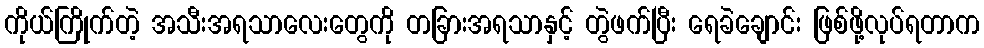
ကိုယ်ကြိုက်တဲ့ အသီးအရသာလေးတွေကို တခြားအရသာနှင့် တွဲဖက်ပြီး ရေခဲချောင်း ဖြစ်ဖို့လုပ်ရတာက